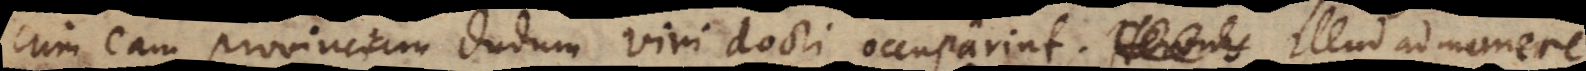
cum eam provinciam dudum viri docti occuparint. Heronis Illud admonere